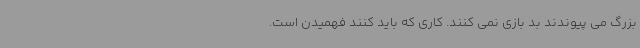
بزرگ می پیوندند بد بازی نمی کنند. کاری که باید کنند فهمیدن است‌.